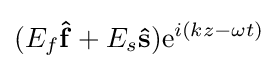
(E_{f}\mathbf {\hat {f}} +E_{s}\mathbf {\hat {s}} )\mathrm {e} ^{i(kz-\omega t)}